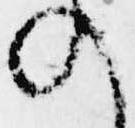
の